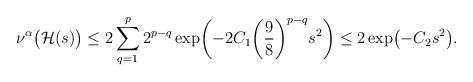
\begin{align*}\nu^{\alpha} \bigl(\mathcal H(s) \bigr)\le2 \sum_{q=1}^p 2^{p-q} \exp\biggl(-2C_1 \biggl(\frac{9}{8} \biggr)^{p-q}s^2\biggr) \le2\exp \bigl(-C_2 s^2 \bigr).\end{align*}